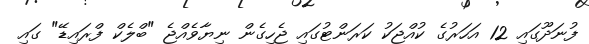
ފުނަދޫގައި 12 އަހަރުގެ ކުއްޖަކު ކަރަންޓުގައި ޖެހިގެން ނިޔާވެއްޖެ "ބްލެކް ފްރައިޑޭ" ގައި